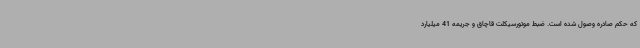
که حکم صادره وصول شده است. ضبط موتورسیکلت قاچاق و جریمه 41 میلیارد